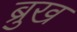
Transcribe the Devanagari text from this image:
ब्रुख